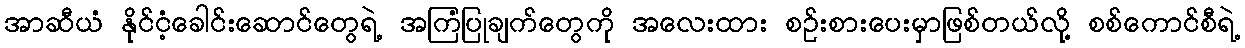
အာဆီယံ နိုင်ငံ့ခေါင်းဆောင်တွေရဲ့ အကြံပြုချက်တွေကို အလေးထား စဉ်းစားပေးမှာဖြစ်တယ်လို့ စစ်ကောင်စီရဲ့